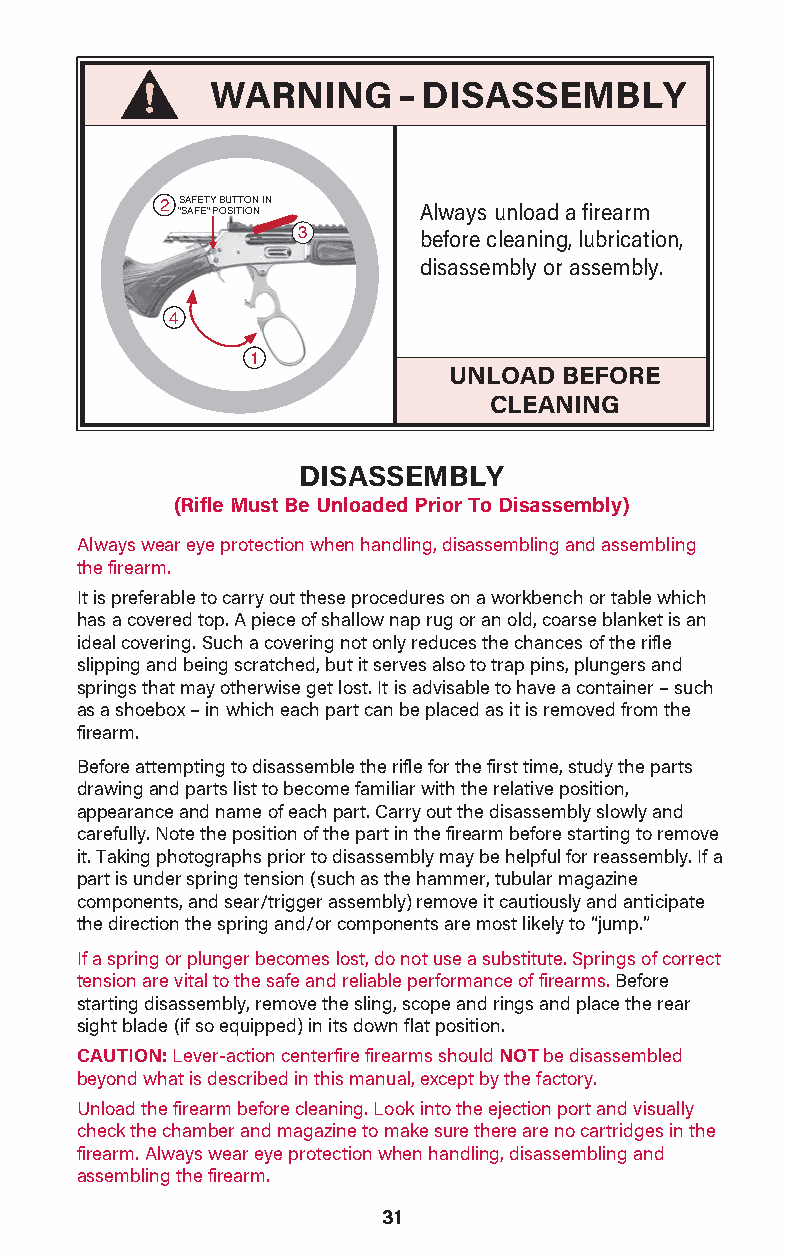
WARNING     –DISASSEMBLY
 2 "S SA AF FE ET "Y P B OU ST ITT IO ON N IN Always unload a firearm
 3       before cleaning, lubrication,
 disassembly or assembly.
 4
 1
 UNLOAD BEFORE
 CLEANING
 DISASSEMBLY
 (Rifle Must Be Unloaded Prior To Disassembly)
 Always wear eye protection when handling, disassembling and assembling
 the firearm.
 It is preferable to carry out these procedures on a workbench or table which
 has a covered top. A piece of shallow nap rug or an old, coarse blanket is an
 ideal covering. Such a covering not only reduces the chances of the rifle
 slipping and being scratched, but it serves also to trap pins, plungers and
 springs that may otherwise get lost. It is advisable to have a container – such
 as a shoebox – in which each part can be placed as it is removed from the
 firearm.
 Before attempting to disassemble the rifle for the first time, study the parts
 drawing and parts list to become familiar with the relative position,
 appearance and name of each part. Carry out the disassembly slowly and
 carefully. Note the position of the part in the firearm before starting to remove
 it. Taking photographs prior to disassembly may be helpful for reassembly. If a
 part is under spring tension (such as the hammer, tubular magazine
 components, and sear/trigger assembly) remove it cautiously and anticipate
 the direction the spring and/or components are most likely to “jump.”
 If a spring or plunger becomes lost, do not use a substitute. Springs of correct
 tension are vital to the safe and reliable performance of firearms. Before
 starting disassembly, remove the sling, scope and rings and place the rear
 sight blade (if so equipped) in its down flat position.
 CAUTION: Lever-action centerfire firearms should NOT be disassembled
 beyond what is described in this manual, except by the fact ory.
 Unload the firearm before cleaning. Look into the ejection port and visually
 check the chamber and magazine to make sure there are no cartridges in the
 firearm. Always wear eye protection when handling, disassem bling and
 assembling the firearm.
 31